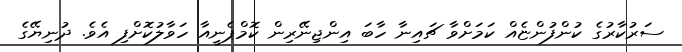
ސަރުކާރުގެ ކުންފުންޏެއް ކަމަށްވާ ޗައިނާ ހާބަ އިންޖިނޭރިން ކޮމްޕެނީއާ ހަވާލުކޮށްފި އެވެ. ދުނިޔޭގެ